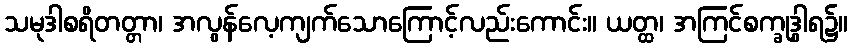
သမုဒါစရိတတ္တာ၊ အလွန်လေ့ကျက်သောကြောင့်လည်းကောင်း။ ယတ္ထ၊ အကြင်စက္ခုဒွါရ၌။